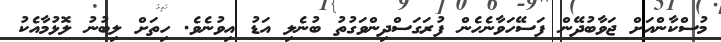
މުސްކާންއަށް ޖަވާބުދޭން ފަސޭހަވާނެހެން ފުރަގަސްދިންވަގުތު ބުނެލި އަޑު އިވުނެވެ. ހިތަށް ލިބުނު ލޮޅުމާއެކު